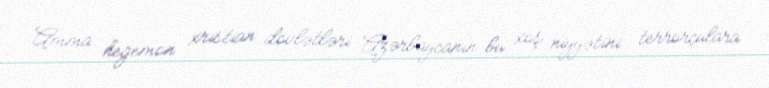
Amma hegemon xristian dövlətləri Azərbaycanın bu xoş niyyətini terrorçulara